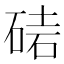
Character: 𥓩